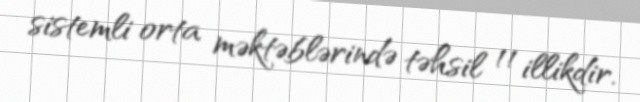
sistemli orta məktəblərində təhsil 11 illikdir.